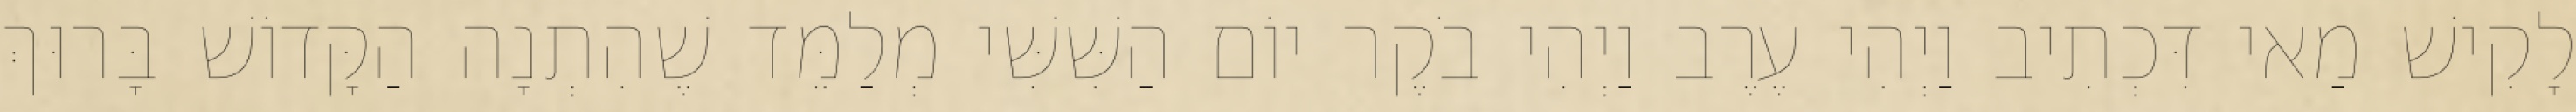
לָקִישׁ מַאי דִּכְתִיב וַיְהִי עֶרֶב וַיְהִי בֹקֶר יוֹם הַשִּׁשִּׁי מְלַמֵּד שֶׁהִתְנָה הַקָּדוֹשׁ בָּרוּךְ